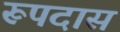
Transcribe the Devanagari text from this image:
रूपदास